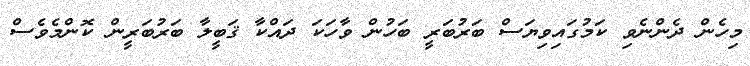
މިހެން ދެންނެވި ކަމުގައިވިޔަސް ބަރުބަރީ ބަހުން ވާހަކަ ދައްކާ ޤަބީލާ ބަރުބަރީން ކޮންމެވެސް